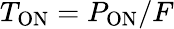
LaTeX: T_{\mathrm{ON}}=P_{\mathrm{ON}}/F